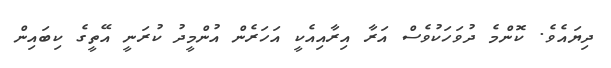
ދިޔައެވެ. ކޮންމެ ދުވަހަކުވެސް އަރާ އިރާއިއެކީ އަހަރެން އުންމީދު ކުރަނީ އޭތީގެ ކިބައިން